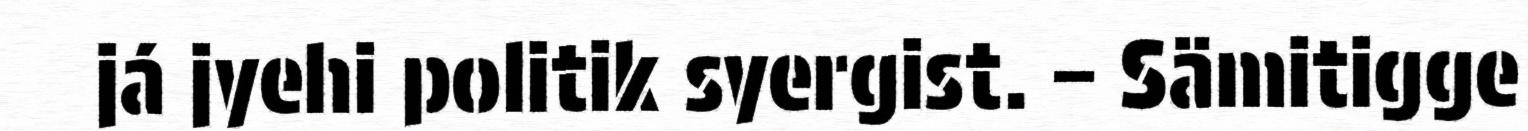
já jyehi politik syergist. – Sämitigge